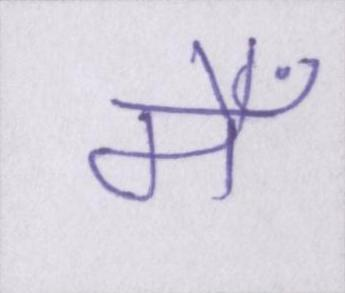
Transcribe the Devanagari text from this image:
मैँ